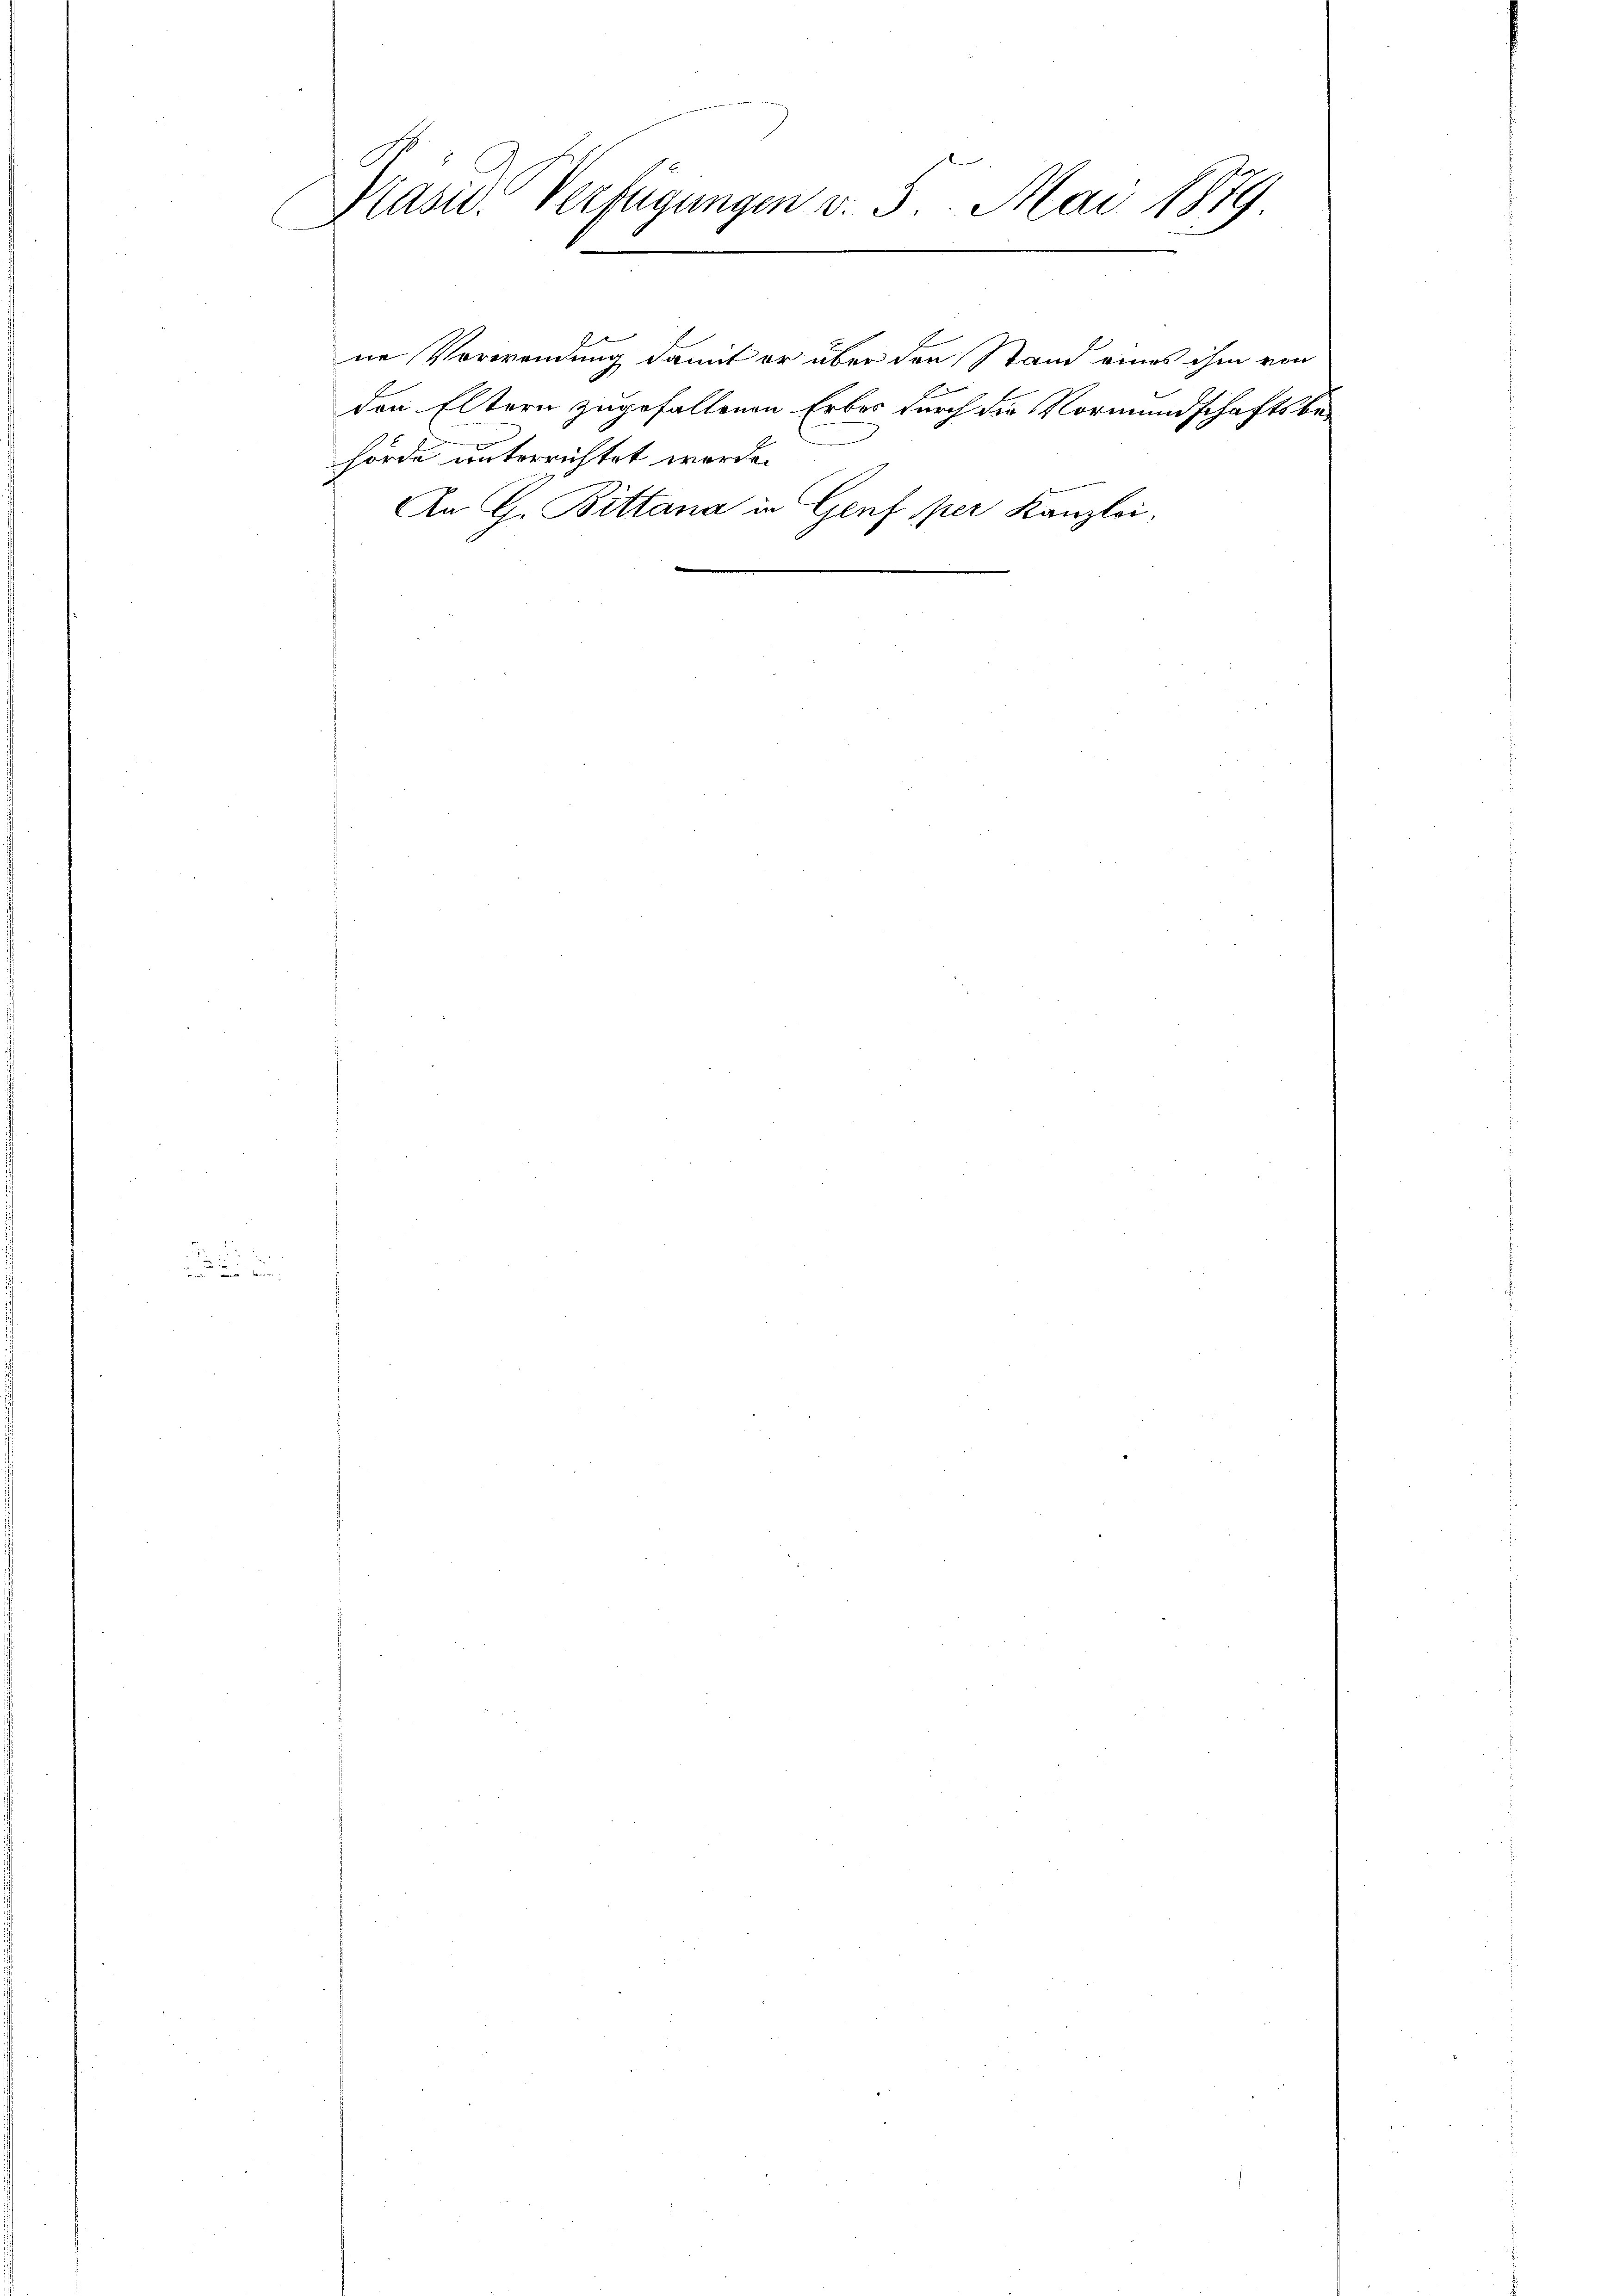
Präsid. Verfügungen v. 5. Mai 1879
E

f
ne Verwendung damit er über den Stand eines ihm von
den Eltern zugefallenen Erbes durch die Vormundschaftsbe-
hörde unterrichtet werde.
An G. Bittana in Genf per Kanzlei,